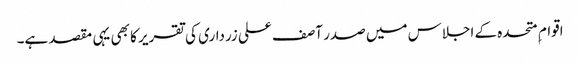
اقوام ِ متحدہ کے اجلاس میں صدر آصف علی زرداری کی تقریر کا بھی یہی مقصد ہے۔